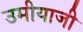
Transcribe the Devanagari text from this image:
उमीयाजी